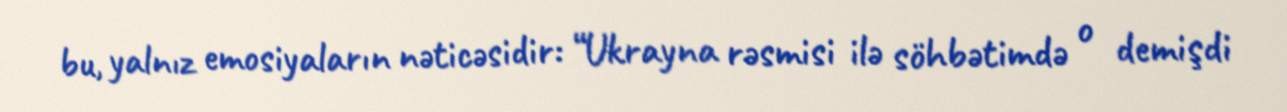
bu, yalnız emosiyaların nəticəsidir: “Ukrayna rəsmisi ilə söhbətimdə o demişdi